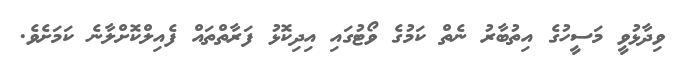
ވިދާޅުވީ މަސީހުގެ އިތުބާރު ނެތް ކަމުގެ ވޯޓުގައި އިދިކޮޅު ފަރާތްތައް ފެއިލްކޮށްލާނެ ކަމަށެވެ.